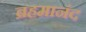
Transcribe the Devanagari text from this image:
ब्रहमानंद